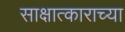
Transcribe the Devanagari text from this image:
साक्षात्काराच्या